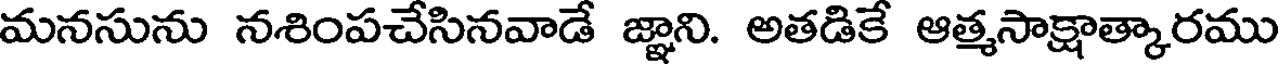
మనసును నశింపచేసినవాడే జ్ఞాని. అతడికే ఆత్మసాక్షాత్కారము